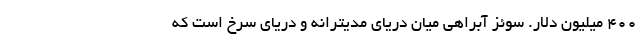
۴۰۰ میلیون دلار. سوئز آبراهی میان دریای مدیترانه و دریای سرخ است که